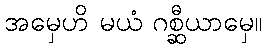
အမှေဟိ မယံ ဂစ္ဆီယာမှေ။